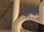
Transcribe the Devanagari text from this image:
फंखा